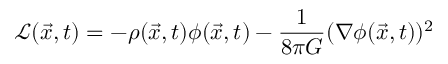
{ \mathcal { L } } ( { \vec { x } } , t ) = - \rho ( { \vec { x } } , t ) \phi ( { \vec { x } } , t ) - { \frac { 1 } { 8 \pi G } } ( \nabla \phi ( { \vec { x } } , t ) ) ^ { 2 }